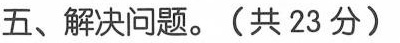
五、解决问题。(共23分)